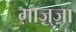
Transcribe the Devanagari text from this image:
ग़ाज़्ज़ा